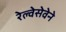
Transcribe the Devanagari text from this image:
रेल्वेसेवेने